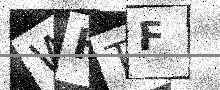
Text: WHTF